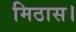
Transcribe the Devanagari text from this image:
मिठास।